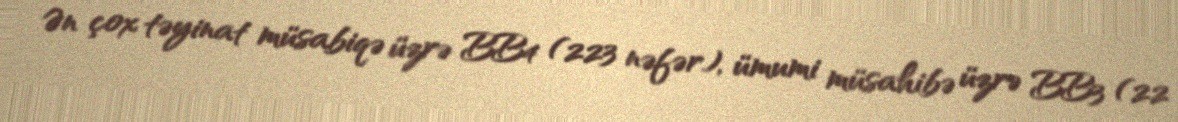
Ən çox təyinat müsabiqə üzrə BB4 (223 nəfər), ümumi müsahibə üzrə BB3 (22